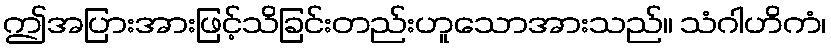
ဤအပြားအားဖြင့်သိခြင်းတည်းဟူသောအားသည်။ သံဂါဟိကံ၊